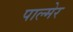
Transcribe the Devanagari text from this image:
पाल्मेर